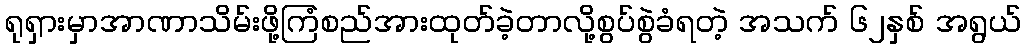
ရုရှားမှာအာဏာသိမ်းဖို့ကြံစည်အားထုတ်ခဲ့တာလို့စွပ်စွဲခံရတဲ့ အသက် ၆၂နှစ် အရွယ်